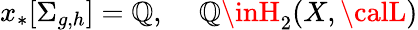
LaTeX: x_{*}[\Sigma_{g,h}]={\cal\mathbb{Q}},\, \, \, \, \, \, \, {\cal\mathbb{Q}}\inH_{2}(X,{\calL})